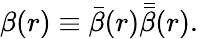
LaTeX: \beta(r)\equiv\bar{\beta}(r)\bar{\bar{\beta}}(r).